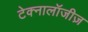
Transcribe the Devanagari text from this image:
टेक्नालॉजीज़